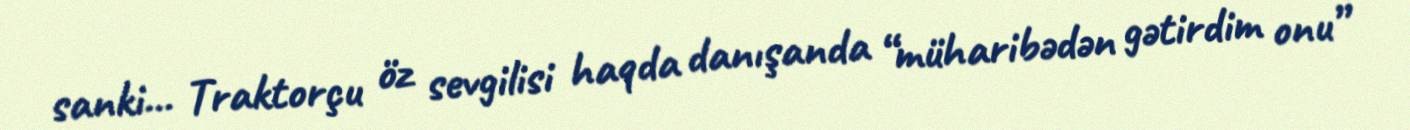
sanki... Traktorçu öz sevgilisi haqda danışanda “müharibədən gətirdim onu”